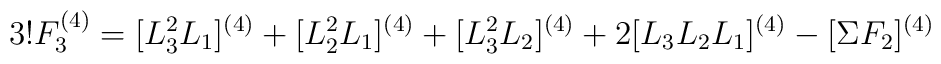
3!F_{3}^{(4)}=[L_3^2L_1]^{(4)}+[L_2^2L_1]^{(4)}+[L_3^2L_2]^{(4)}+2[L_3L_2L_1]^{(4)}-[\Sigma F_2]^{(4)}